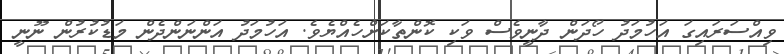
ވިއްސަރައިގަ އަހުމަދު ހޯދަން ދާނީވެސް ވަކި ކޮންތާކަށްހެއްޔެވެ. އަހުމަދު އަންނަންދެން މަޑުކުރުން ނޫނީ